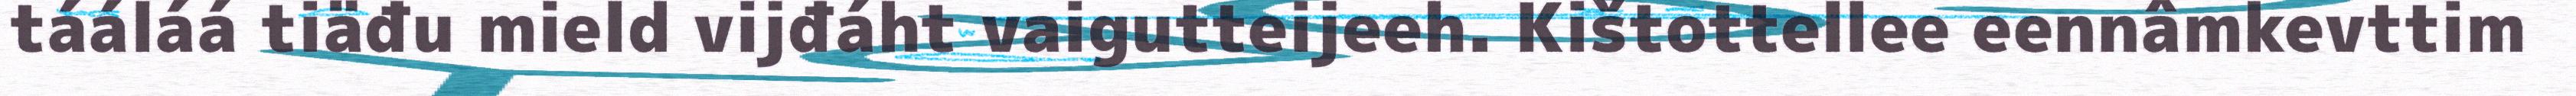
tááláá tiäđu mield vijđáht vaigutteijeeh. Kištottellee eennâmkevttim